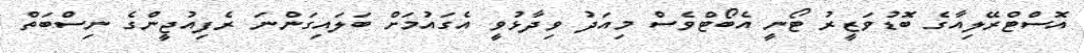
އޮސްޓްރޭލިއާގެ ބޮޑުވަޒީރު ޓޯނީ އެބޯޓްވެސް މިއަދު ވިދާޅުވީ އެގައުމަށް ބަލައިގަންނަ ރެފިއުޖީންގެ ނިސްބަތް